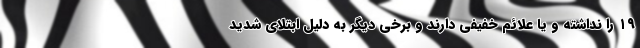
۱۹ را نداشته و یا علائم خفیفی دارند و برخی دیگر به دلیل ابتلای شدید